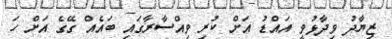
ޒިޔާދު ވިދާޅުވީ އައްޑު އަށް ކުރި ވިއްސާރާގައި ބައެއް ގޭގެ އަށް ހަ